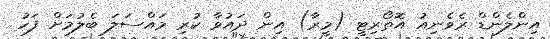
އިންލެންޑް ރެވެނިއު އޮތޯރިޓީ (މީރާ) އިން ދައުވާ ކުރި މައްސަލަ ބެލުމަށް ފަހު